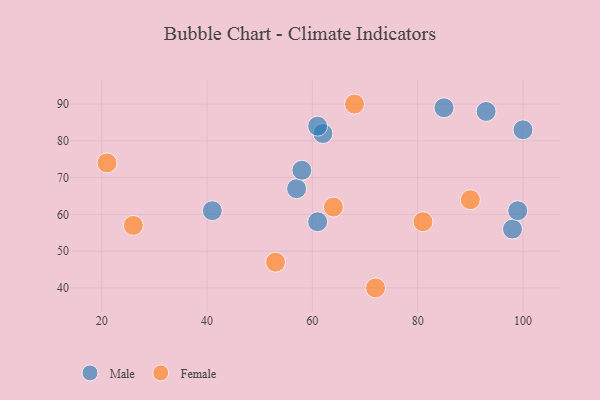
{"axis": {"x": "GDP", "y": "Life Expectancy"}, "legend": ["Female", "Male"], "data": [{"x": "62", "y": 82, "type": "Male"}, {"x": "61", "y": 58, "type": "Male"}, {"x": "85", "y": 89, "type": "Male"}, {"x": "41", "y": 61, "type": "Male"}, {"x": "57", "y": 67, "type": "Male"}, {"x": "93", "y": 88, "type": "Male"}, {"x": "98", "y": 56, "type": "Male"}, {"x": "58", "y": 72, "type": "Male"}, {"x": "61", "y": 84, "type": "Male"}, {"x": "100", "y": 83, "type": "Male"}, {"x": "99", "y": 61, "type": "Male"}, {"x": "64", "y": 62, "type": "Female"}, {"x": "21", "y": 74, "type": "Female"}, {"x": "26", "y": 57, "type": "Female"}, {"x": "53", "y": 47, "type": "Female"}, {"x": "90", "y": 64, "type": "Female"}, {"x": "72", "y": 40, "type": "Female"}, {"x": "81", "y": 58, "type": "Female"}, {"x": "68", "y": 90, "type": "Female"}]}